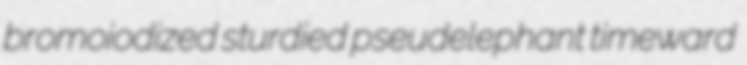
bromoiodized sturdied pseudelephant timeward